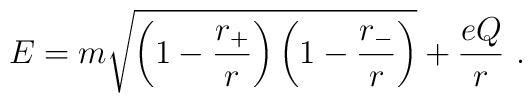
E=m \sqrt{\left(1-{r_+\over r}\right)\left(1-{r_-\over r}\right)} + {eQ\over {r}}~.